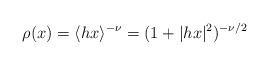
LaTeX: \begin{align*}\rho (x) =\langle h x \rangle^{- \nu} = (1 + |h x |^2)^{- \nu / 2}\end{align*}